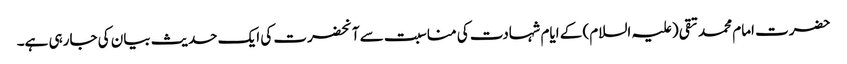
حضرت امام محمد تقی (علیہ السلام) کے ایام شہادت کی مناسبت سے آنحضرت کی ایک حدیث بیان کی جارہی ہے۔